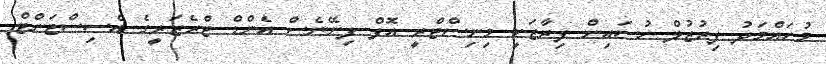
މުހައްމަދު ފިރުޒުލް ހުސައިން ފިރާޒަކީ މިނިސްޓްރީ އޮފް ފިނޭނެސް އެންޑް ޓްރެޒަރީގެ އެސިސްޓަންޓް